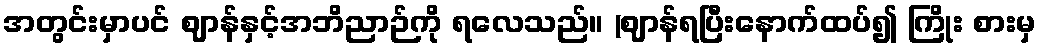
အတွင်းမှာပင် ဈာန်နှင့်အဘိညာဉ်ကို ရလေသည်။ (ဈာန်ရပြီးနောက်ထပ်၍ ကြိုး စားမှ